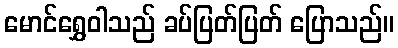
မောင်ရွှေဝါသည် ခပ်ပြတ်ပြတ် ပြောသည်။